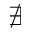
\nexists